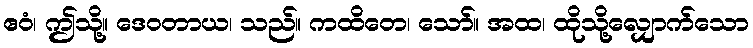
ဧဝံ၊ ဤသို့။ ဒေဝတာယ၊ သည်။ ကထိတေ၊ သော်။ အထ၊ ထိုသို့လျှောက်သော